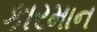
કારમાન